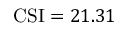
\mathrm { C S I } = 2 1 . 3 1 \